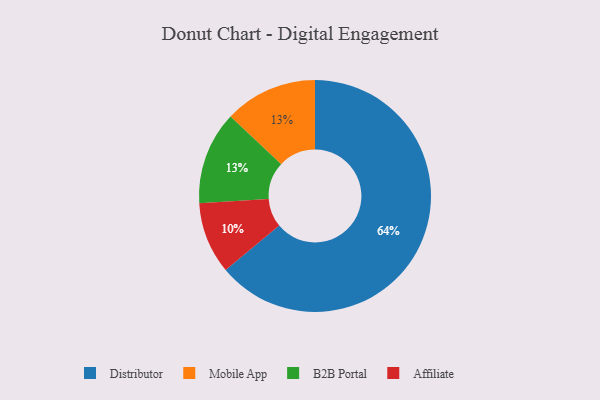
{"axis": {"x": "Category", "y": "Percentage"}, "legend": ["Affiliate", "B2B Portal", "Distributor", "Mobile App"], "data": [{"x": "Mobile App", "y": 13, "type": "Mobile App"}, {"x": "Distributor", "y": 64, "type": "Distributor"}, {"x": "B2B Portal", "y": 13, "type": "B2B Portal"}, {"x": "Affiliate", "y": 10, "type": "Affiliate"}]}